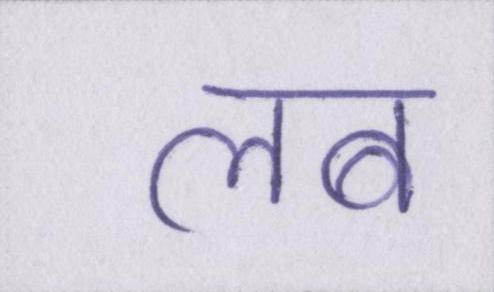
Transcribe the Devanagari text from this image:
लब